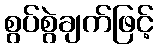
စွပ်စွဲချက်ဖြင့်